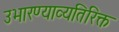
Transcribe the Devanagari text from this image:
उभारण्याव्यतिरिक्त